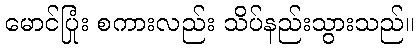
မောင်ပြုံး စကားလည်း သိပ်နည်းသွားသည်။